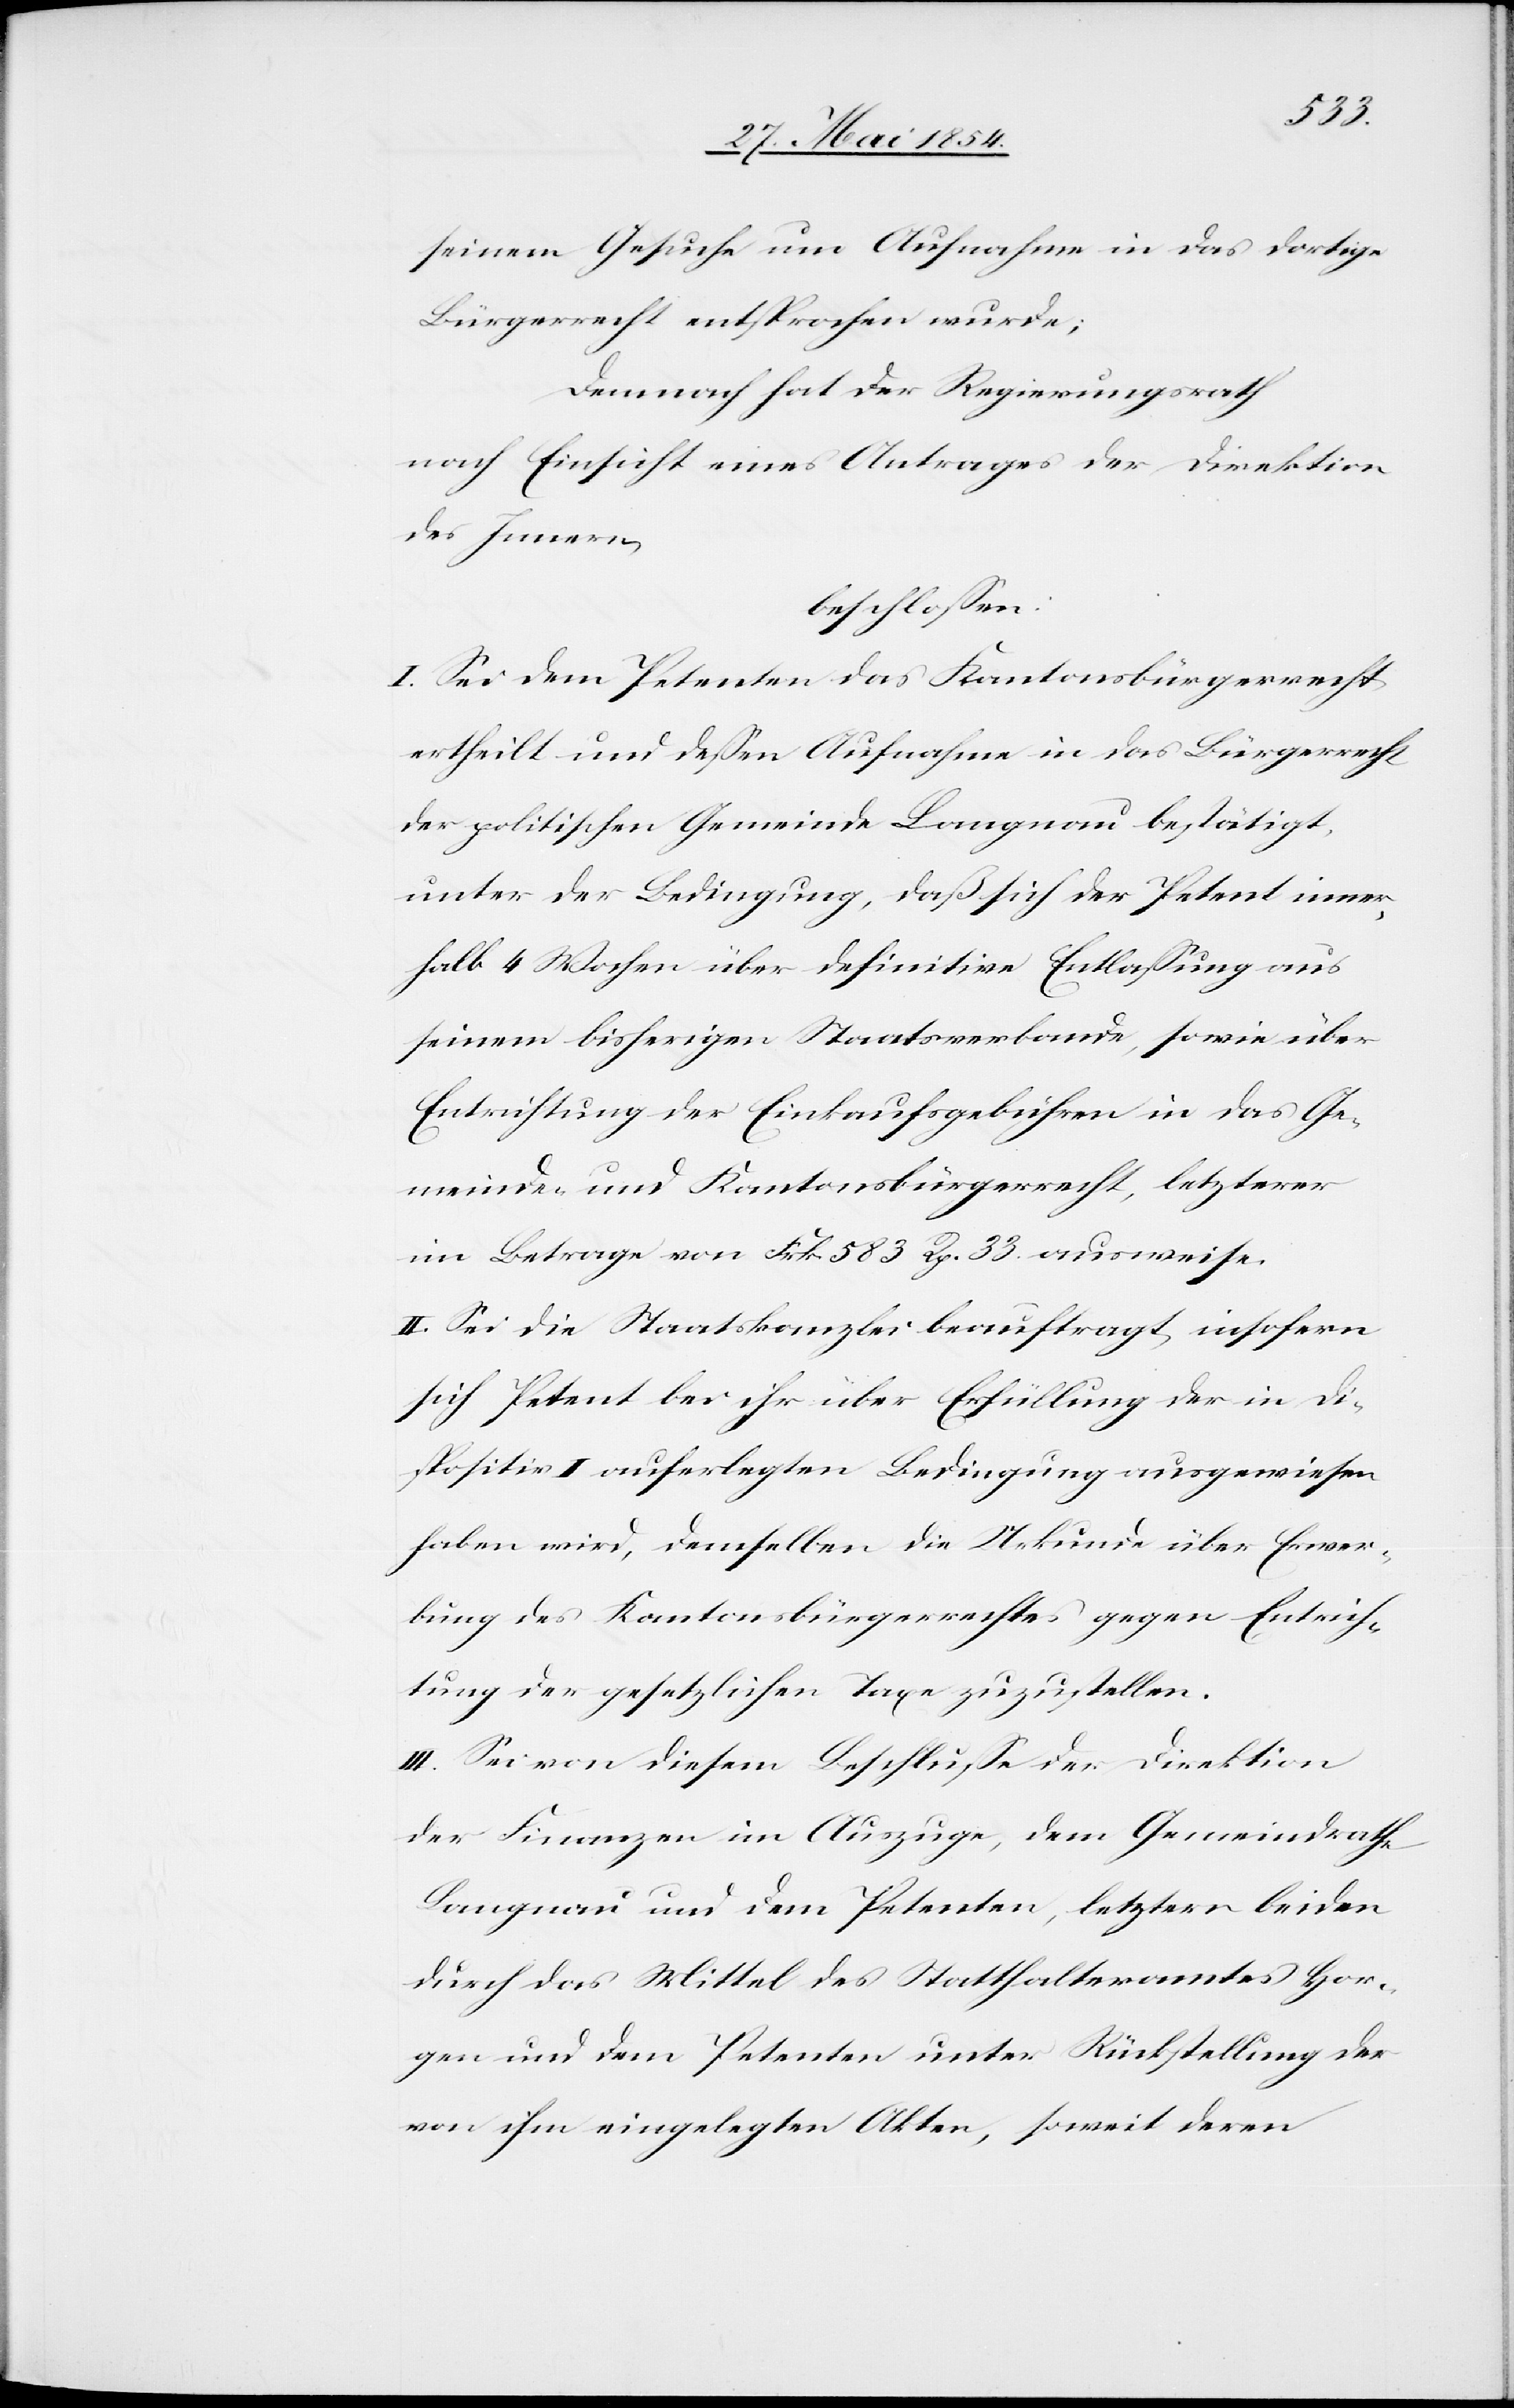
seinem Gesuche um Aufnahme in das dortige
Bürgerrecht entsprochen wurde;
Demnach hat der Regierungsrath
nach Einsicht eines Antrages der Direktion
des Innern,
beschloßen:
I. Sei dem Petenten das Kantonsbürgerrecht
ertheilt und deßen Aufnahme in das Bürgerrecht
der politischen Gemeinde Langnau bestätigt,
unter der Bedingung, daß sich der Petent inner¬
halb 4 Wochen über definitive Entlaßung aus
seinem bisherigen Staatsverbande, sowie über
Entrichtung der Einkaufsgebühren in das Ge¬
meinde- und Kantonsbürgerrecht, letzterer
im Betrage von Frk. 583 Rp. 33 ausweise.
II. Sei die Staatskanzlei beauftragt, insofern
sich Petent bei ihr über Erfüllung der in Di¬
spositiv I auferlegten Bedingung ausgewiesen
haben wird, demselben die Urkunde über Erwer¬
bung des Kantonsbürgerrechtes gegen Entrich¬
tung der gesetzlichen Taxe zuzustellen.
III. Sei von diesem Beschluße der Direktion
der Finanzen im Auszuge, dem Gemeindrathe
Langnau und dem Petenten, letztern beiden
durch das Mittel des Statthalteramtes Hor¬
gen und dem Petenten unter Rückstellung der
von ihm eingelegten Akten, soweit deren